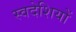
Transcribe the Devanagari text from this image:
स्वदेशियों